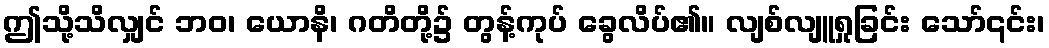
ဤသို့သိလျှင် ဘဝ၊ ယောနိ၊ ဂတိတို့၌ တွန့်ကုပ် ခွေလိပ်၏။ လျစ်လျူရှုခြင်း သော်၎င်း၊